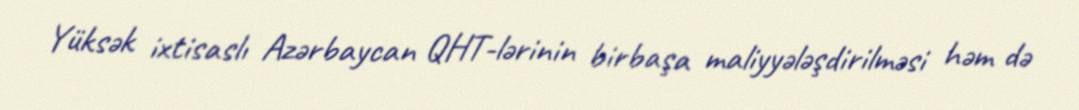
Yüksək ixtisaslı Azərbaycan QHT-lərinin birbaşa maliyyələşdirilməsi həm də